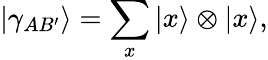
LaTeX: |\gamma_{AB^{\prime}}\rangle=\sum_{x}|x\rangle\otimes|x\rangle,